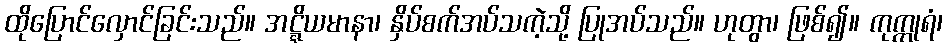
ထိုပြောင်လှောင်ခြင်းသည်။ အဋ္ဋိယမာနာ၊ နှိပ်စက်အပ်သကဲ့သို့ ပြုအပ်သည်။ ဟုတွာ၊ ဖြစ်၍။ ကုက္ကုရံ၊